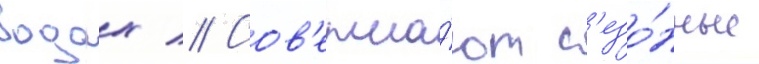
водах // Сов'ерша́ют с'езо́нные